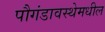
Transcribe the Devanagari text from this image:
पौगंडावस्थेमधील